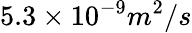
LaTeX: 5.3\times 10^{-9}m^{2}/s